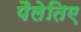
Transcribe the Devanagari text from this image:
पैलेतिए